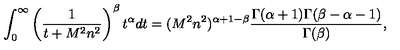
\int _ { 0 } ^ { \infty } \left( \frac { 1 } { t + M ^ { 2 } n ^ { 2 } } \right) ^ { \beta } t ^ { \alpha } d t = ( M ^ { 2 } n ^ { 2 } ) ^ { \alpha + 1 - \beta } \frac { \Gamma ( \alpha + 1 ) \Gamma ( \beta - \alpha - 1 ) } { \Gamma ( \beta ) } ,